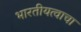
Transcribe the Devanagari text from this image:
भारतीयत्वाचा